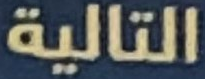
التالية